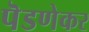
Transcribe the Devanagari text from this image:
पॆडणेकर